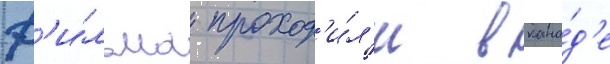
ф'и́льма проход'и́л'и в кана́д'е